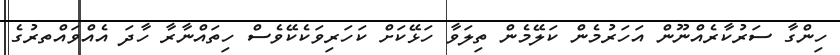
ހިންގާ ސަރުކާރެއްނޫން އަހަރުމެން ކަލޭމެން ތިލަވާ ހަޅޭކަށް ކަހަރިވަކެކޭވެސް ހިތައްނާރާ ހާދަ އެއްވައްތރުގެ